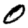
Digit: 0